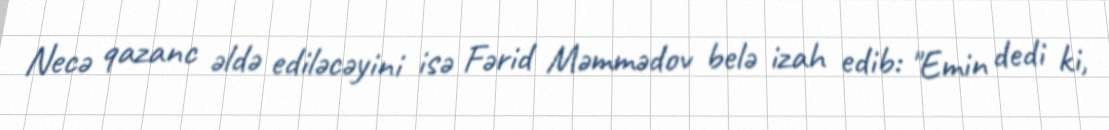
Necə qazanc əldə ediləcəyini isə Fərid Məmmədov belə izah edib: "Emin dedi ki,